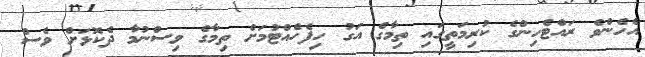
އެހެންވެ ރައްޓެހިންގެ ކުރިމަތީގައި ތިމާގެ އަގު ހިފެހެއްޓުމަށް ތިމާގެ ވިސްނުމާ ދެކޮޅަށް ވެސް